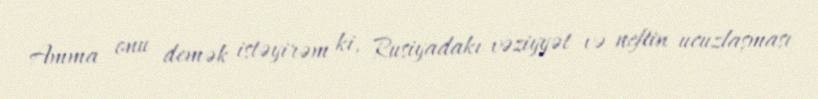
Amma onu demək istəyirəm ki, Rusiyadakı vəziyyət və neftin ucuzlaşması